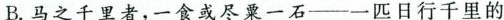
B. 马之千里者，一食或尽一石——一匹日行千里的